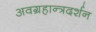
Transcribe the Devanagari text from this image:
अवग्रहान्त्रदर्शन